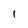
Character: 1